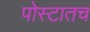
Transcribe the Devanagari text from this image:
पोस्टातच